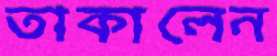
তাকালেন